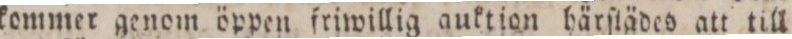
kommer genom öppen friwillig auktion härſtädes att till